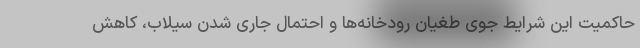
حاکمیت این شرایط جوی طغیان رودخانه‌ها و احتمال جاری شدن سیلاب، کاهش